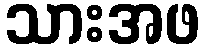
သားအဖ